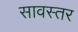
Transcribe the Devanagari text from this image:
सावस्तर